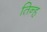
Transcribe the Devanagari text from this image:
तिन्ह